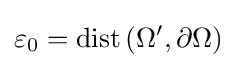
\varepsilon _{0}=\operatorname {dist} \left(\Omega ^{\prime },\partial \Omega \right)